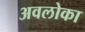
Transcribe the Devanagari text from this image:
अवलोका